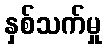
နှစ်သက်မှု